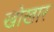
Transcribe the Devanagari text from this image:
खोखार